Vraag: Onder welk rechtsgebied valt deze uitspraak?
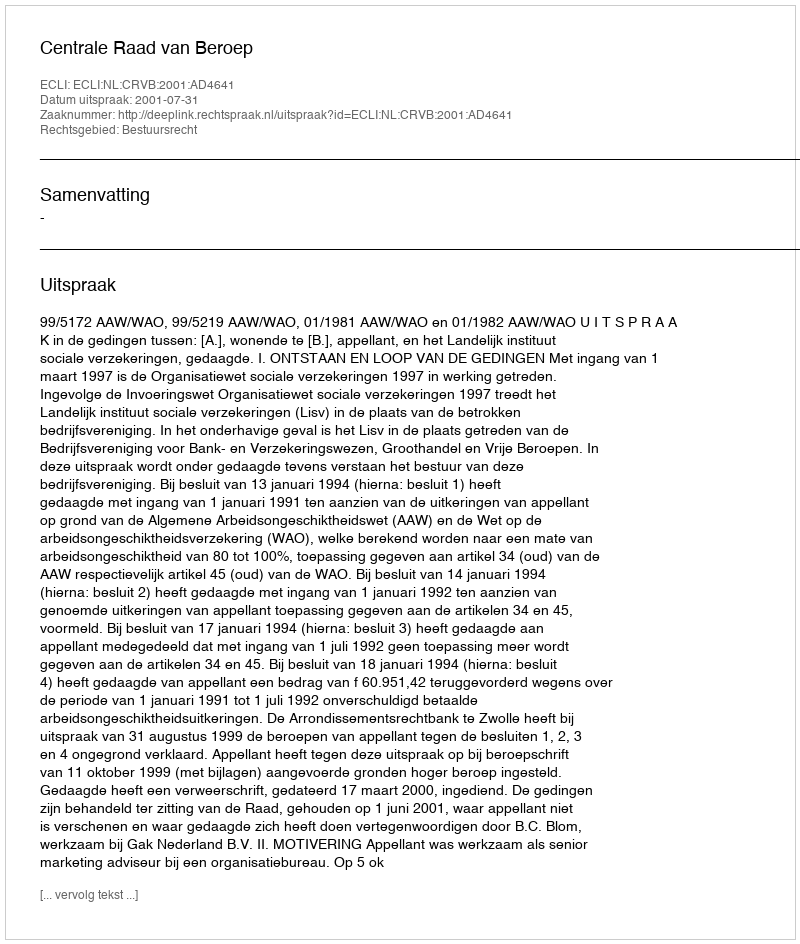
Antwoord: Bestuursrecht